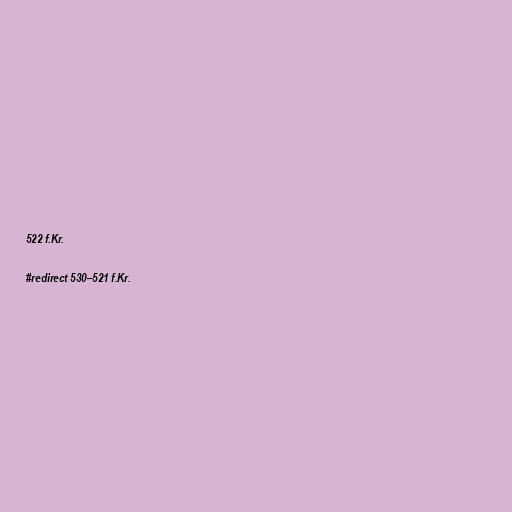
522 f.Kr.

#redirect 530–521 f.Kr.